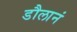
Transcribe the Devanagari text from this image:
डौलानं